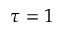
\tau = 1